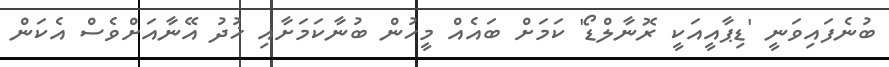
ބުނެފައިވަނީ 'ޑިޕާއީއަކީ ރޮނާލްޑޯ' ކަމަށް ބައެއް މީހުން ބުނާކަމަށާއި ޚުދު އޭނާއަށްވެސް އެކަން